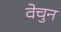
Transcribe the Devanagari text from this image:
वेचुन